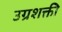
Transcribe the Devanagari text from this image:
उग्रशक्ती